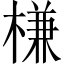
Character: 槏